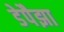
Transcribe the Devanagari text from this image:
डेपैझा